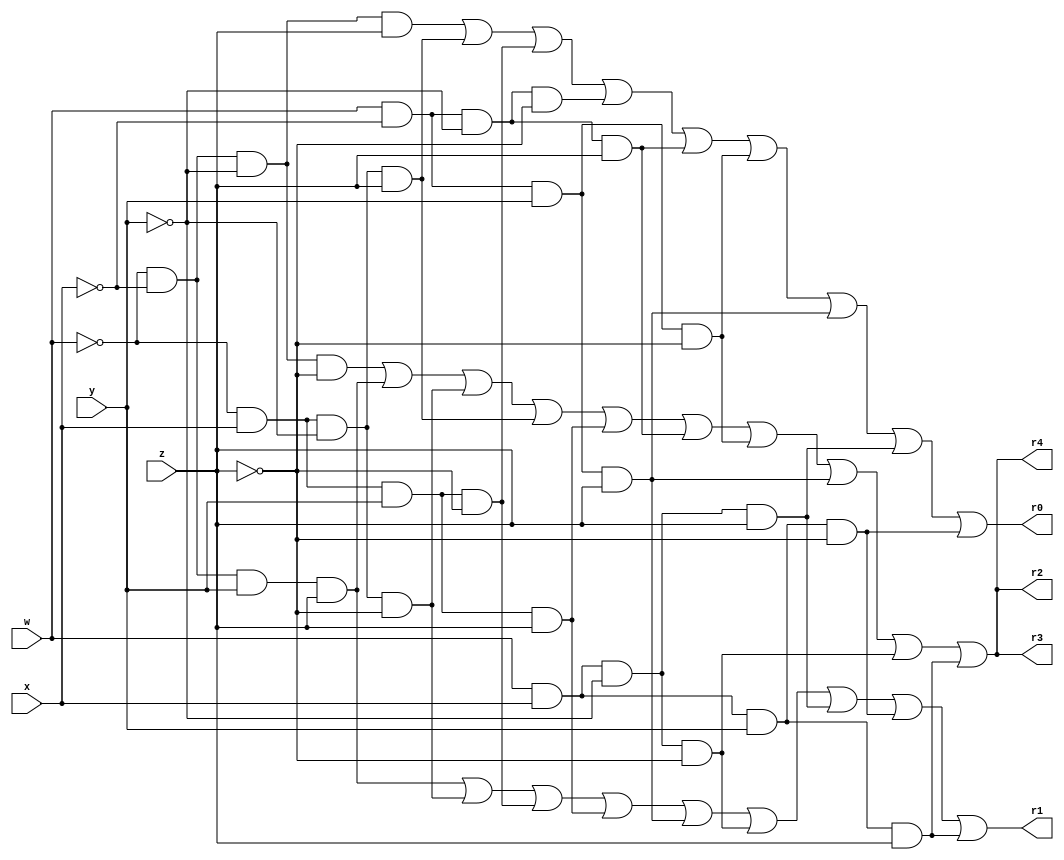
//----------------------------------------------------------------------
module Breadboard	(w,x,y,z,r0,r1,r2,r3, r4);  //Module Header
input w,x,y,z;                           //Specify inputs
output r0, r1, r2,r3, r4;                       //Specify outputs
reg r0,r1,r2,r3, r4;                            //Output is a memory area.
wire w,x,y,z;

always @ ( w,x,y,z,r0,r1,r2,r3, r4) begin  
                                         
//All function minterm equations
r0= (~w&~x&~y&z)|(~w&x&~y&z)|(~w&x&y&~z)|(w&~x&~y&~z)|(w&~x&~y&z)|(w&~x&y&~z)|(w&~x&y&z)|(w&x&~y&z)|(w&x&y&~z);

r1= (~w&~x&y&z)|(~w&x&~y&~z)|(~w&x&y&~z)|(~w&x&y&z)|(w&~x&y&z)|(w&x&~y&~z)|(w&x&~y&z)|(w&x&y&~z)|(w&x&y&z);

r2= (~w&~x&~y&~z)|(~w&~x&y&z)|(~w&x&~y&~z)|(~w&x&~y&z)|(~w&x&y&z)|(w&~x&~y&z)|(w&~x&y&~z)|(w&~x&y&z)|(w&x&~y&~z)|(w&x&y&z);



r3= (~w&~x&~y&~z)|(~w&~x&y&z)|(~w&x&~y&~z)|(~w&x&~y&z)|(~w&x&y&z)|(w&~x&~y&z)|(w&~x&y&~z)|(w&~x&y&z)|(w&x&~y&~z)|(w&x&y&z);

r4= (~w&~x&~y&~z)|(~w&~x&y&z)|(~w&x&~y&~z)|(~w&x&~y&z)|(~w&x&y&z)|(w&~x&~y&z)|(w&~x&y&~z)|(w&~x&y&z)|(w&x&~y&~z)|(w&x&y&z);

	

end                                       // Finish the Always block

endmodule                                 //Module End

//----------------------------------------------------------------------

module testbench();

  //Registers act like local variables
  reg [4:0] i; //A loop control for 16 rows of a truth table.
  reg  a;//Value of 2^3
  reg  b;//Value of 2^2
  reg  c;//Value of 2^1
  reg  d;//Value of 2^0
  
  //A wire can hold the return of a function
  wire  f0,f1,f2, f3, f4;
  
  //Modules can be either functions, or model chips. 
  //They are instantiated like an object of a class, 
  //with a constructor with parameters.  They are not invoked,
  //but operate like a thread.
  Breadboard zap(a,b,c,d,f0,f1,f2, f3, f4);
 
     
	 
  //Initial means "start," like a Main() function.
  //Begin denotes the start of a block of code.	
  initial begin
   	
  //$display acts like a java System.println command.
  $display ("|##|A|B|C|D|F0|F1|F2|F3|F4|");
  $display ("|==+=+=+=+=+==+==+==+==+==|");
  
    //A for loop, with register i being the loop control variable.
	for (i = 0; i < 16; i = i + 1) 
	begin//Open the code blook of the for loop
		a=(i/8)%2;//High bit
		b=(i/4)%2;
		c=(i/2)%2;
		d=(i/1)%2;//Low bit	
		 
		//Oh, Dr. Becker, do you remember what belongs here? 
	    #60; //Need a delay to let the calcuation/circuit complete.
		 	
		$display ("|%2d|%1d|%1d|%1d|%1d| %1d| %1d| %1d| %1d| %1d|",i,a,b,c,d,f0,f1,f2, f3, f4);
		if(i%4==3) //Every fourth row of the table, put in a marker for easier reading.
		 $write ("|--+-+-+-+-+--+--+--+--+--|\n");//Write acts a bit like a java System.print

	end//End of the for loop code block
 
	#10; //A time delay of 10 time units. Hashtag Delay
	$finish;//A command, not unlike System.exit(0) in Java.
  end  //End the code block of the main (initial)
  
endmodule //Close the testbench module